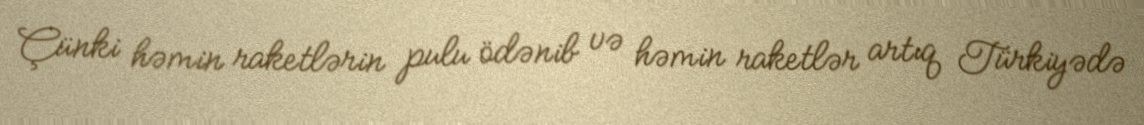
Çünki həmin raketlərin pulu ödənib və həmin raketlər artıq Türkiyədə